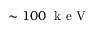
\sim 1 0 0 \; \mathrm { ~ k ~ e ~ V ~ }